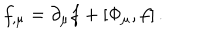
f _ { , \mu } = \partial _ { \mu } f + [ \Phi _ { \mu } , f ] \, .